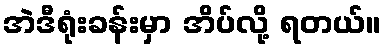
အဲဒီရုံးခန်းမှာ အိပ်လို့ ရတယ်။